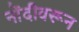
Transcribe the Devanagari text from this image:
नोंदीवरून